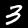
Digit: 3